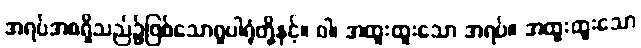
အရပ်အစရှိသည်၌ဖြစ်သောရူပါရုံတို့နှင့်။ ဝါ၊ အထူးထူးသော အရပ်။ အထူးထူးသော